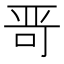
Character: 𱒭